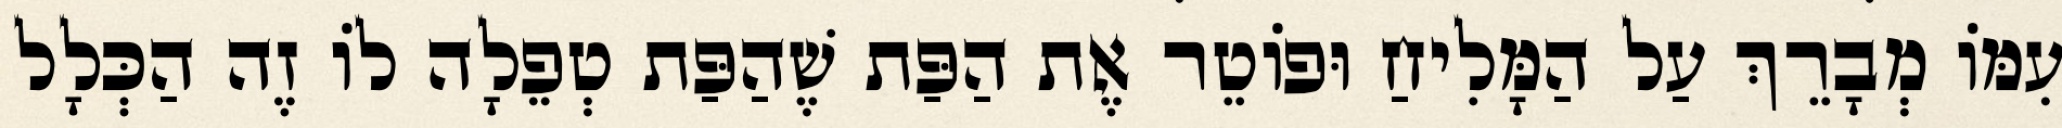
עִמּוֹ מְבָרֵךְ עַל הַמָּלִיחַ וּפוֹטֵר אֶת הַפַּת שֶׁהַפַּת טְפֵלָה לוֹ זֶה הַכְּלָל